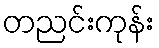
တညင်းကုန်း